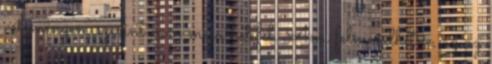
véleményem szerint nem merülhet fel. Ami felmerülhetne, az az